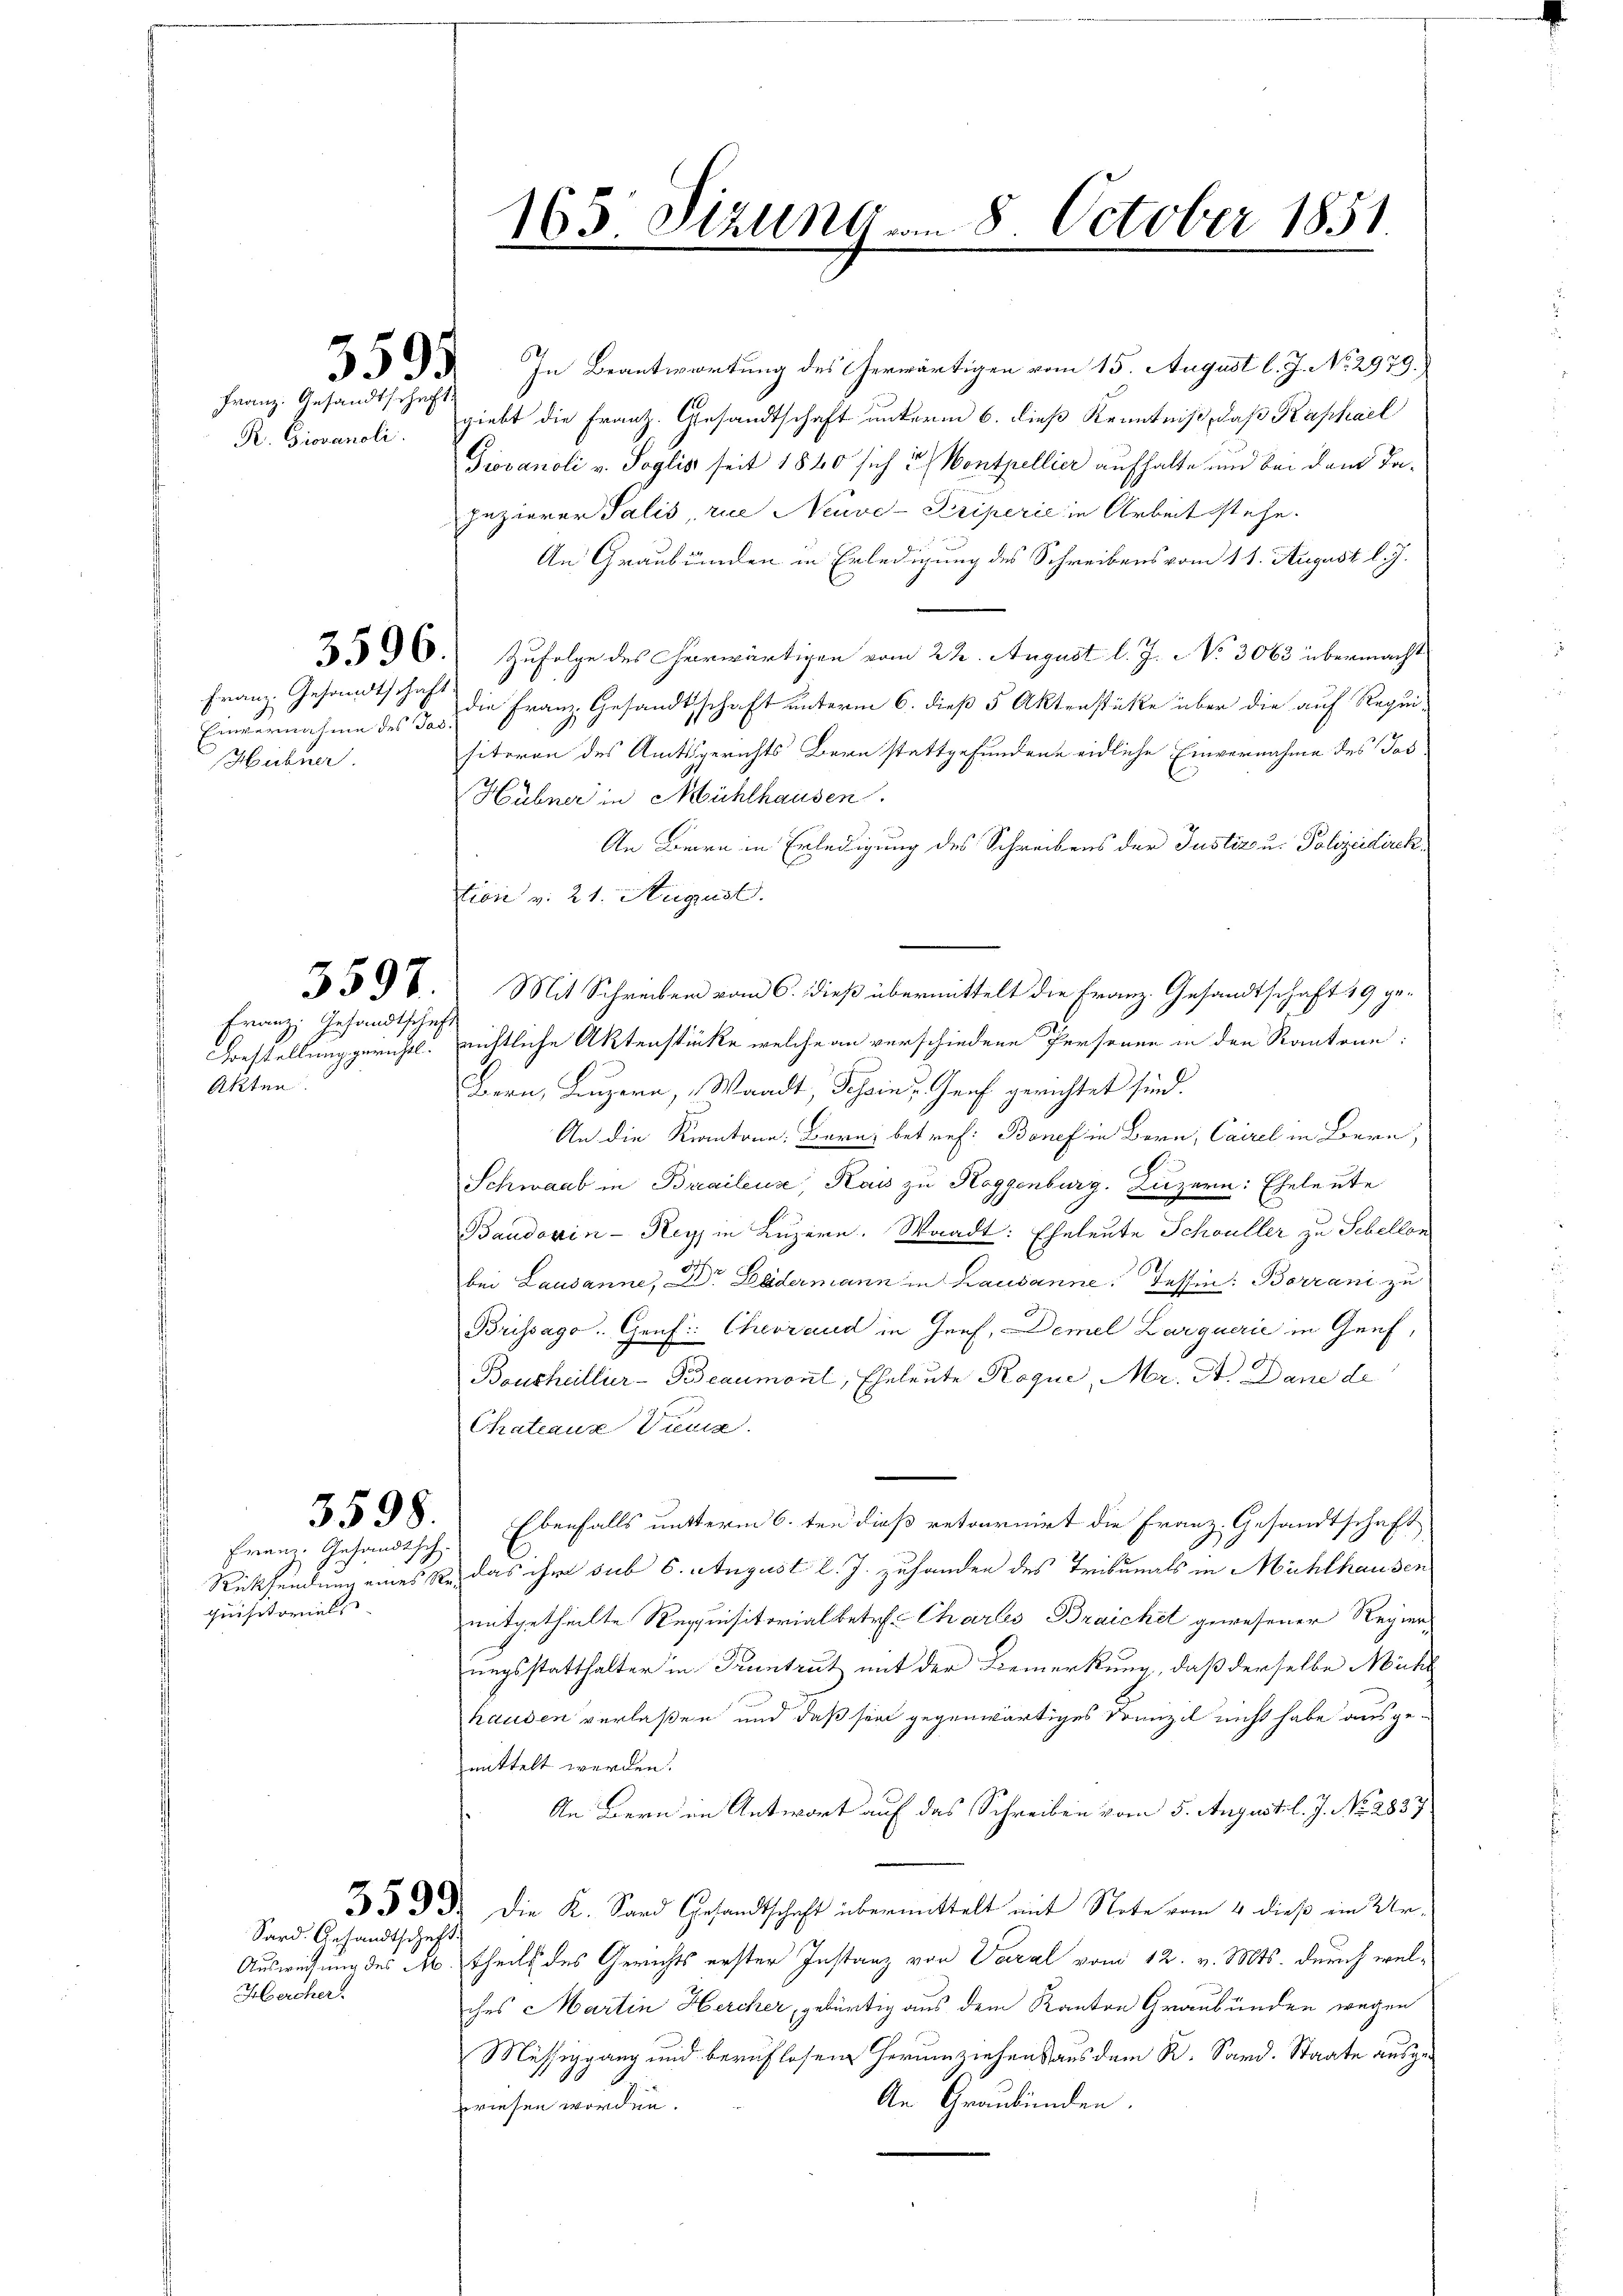
Franz. Gesandtschaft

Franz Gesandtschaft
Einvernahme des Jos.
Hübner.

Akten.

Franz, Gesandtschaft

Franz. Gesandtsch
quisitorial

Hercher

Sard. Gesandtschaft

33. In Beantwortung des Cherwärtigen vom 15. August l. J. N. 2979.
R. Giovanoli. giebt die Franz. Gesandtschaft unterm 6. dieß Kenntniß, daß Kaphael
Giovanoli v. Soglis seit 1840 sich u. Montpellier aufhalte und bei dem Tapezierer Salis, rue Neuve-Priperić in Arbeit stehe.
An Graubünden in Erledigung des Schreibens vom 11. August l. J.
390. Zufolge des herwärtigen vom 22. August l. J. No 3063 übermacht
die Franz Gesandtschaft unterm 6. dieß 5 Aktenstüke über die auf Requisiteren des Amtsgerichts Bern stattgefundene eidliche Einvernahme des Jos
Hübner in Mühlhausen.
An Bern in Erledigung des Schreibens der Justiz- u. Polizeidirektion v. 21. August.
 § 6. Mit Schreiben vom 6. dieß übermittelt die Franz- Gesandtschaft 19 ge¬
Boestellung gerichtl. nichtliche Aktenstücke welche an verschiedene Personen in den Kantone:
Bern, Luzern, Waadt, Schein, Genf gerichtet sind.
An die Kantone Bern betref: Bonef in Bern, Cairel in Bern,
Schwaab in Braileuse, Kais zu Roggenburg. Luzern: Eheleute
Baudovin - Rey in Luzern. Waadt: Eheleute Schwüller zu Schellen
bei Lausanne, Dr. Ledermann in Lausanne, Tessin: Barrani zu
Brissago. Graf Cherrand in Genf, Demel Larguerie in Genf,
Boushellier-Beaumont, Eheleute Roque, Mr. A. Dane de
Chateaus Vica
3598. Ebenfalls untterm 6. ten dieß retournirt die Franz Gesandtschaft
Rücksendung eines Ste, das ihm sub 6. August l. J. zuhanden des Tribunals in Mühlhausen
mitgetheilte Requisitorialbetr. Chartes Braichel gewesener Regierungsstatthalter in Kruntrut mit der Bemerkung, daß derselbe Nicht
hauden verlaßen und daß sie gegenwärtiges Franzil nicht habe ausgemittelt werden.
An Bern im Antwort auf das Schreiben vom 5. August l. J. No. 2837
3593. Die K. Sard Gesandtschaft übermittelt mit Note vom 4. dieß ein Ur¬
Ausweisung des M. theils des Gerichts erster Instanz von Varal vom 12. v. Mts. durch welches Martin Hercher, gebürtig aus dem Kanton Graubünden wegen
Müssiggang und beruflosen Herumziehens aus dem K. Sand. Staate ausge¬
An Graubünden.
riesen worden.

165 Sizung v. 8. October 1851
n